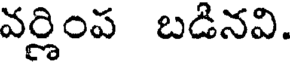
వర్ణింప బడినవి.